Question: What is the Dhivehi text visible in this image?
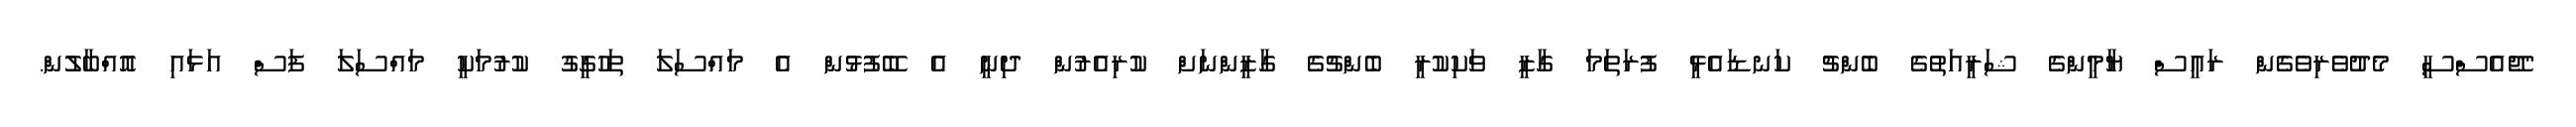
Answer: "ޖޭއެސްސީ މެދުވެރިވެގެން ރައީސް ޔާމީންގެ ޝަރީއަތުގެ ބެންޗު ކަނޑައެޅީ ފުރަތަމަ ގާޒީ ވަކިކުރީ ބެންޗުގެ ގާޒީންނަށް ކުރިއެރުން ދިނީ އެ ބޭފުޅުން އެ މައްސަލަ ތަހުގީގު ކުރުމަކީ މައްސަލަ ފަސް އަޅައި އޮއްބާލުން.